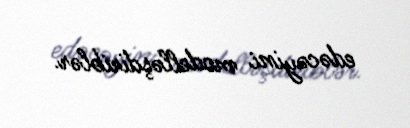
edəcəyini modelləşdiriblər.